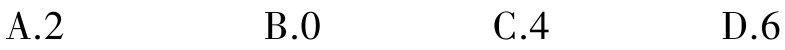
A.2  B.0  C.4  D.6